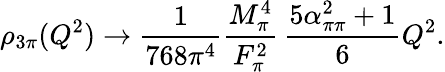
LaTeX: \rho_{3\pi}(Q^{2})\rightarrow\frac{1}{768\pi^{4}}\frac{M_{\pi}^{4}}{F_{\pi}^{2}}\, \frac{5\alpha_{\pi\pi}^{2}+1}{6}Q^{2}.